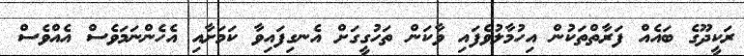
ރަކީދޫގެ ބައެއް ފަރާތްތަކުން އިހުމާލުވެފައި ވާކަން ތަހުގީގަށް އެނގިފައިވާ ކަމަށާއި އެެހެންނަމަވެސް އެއްވެސް